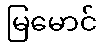
မြမောင်